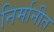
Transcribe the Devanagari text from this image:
निर्मानीत